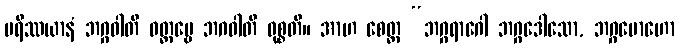
ပရိဿယာနံ ဘဂ္ဂဝါတိ ဝတ္တဗ္ဗေ ဘဂဝါတိ ဝုစ္စတိ။ အာဟ စေတ္ထ “ဘဂ္ဂရာဂေါ ဘဂ္ဂဒေါသော, ဘဂ္ဂမောဟော